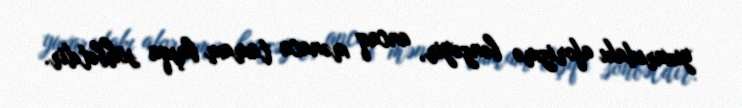
yuxarıdakı aforizmə bənzəyir, ancaq mənaca tamam başqa söhbətdir.